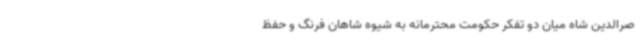
صرالدین شاه میان دو تفکر حکومت محترمانه به شیوه شاهان فرنگ و حفظ